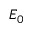
E _ { 0 }